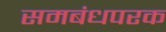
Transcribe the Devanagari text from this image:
समबंधपरक